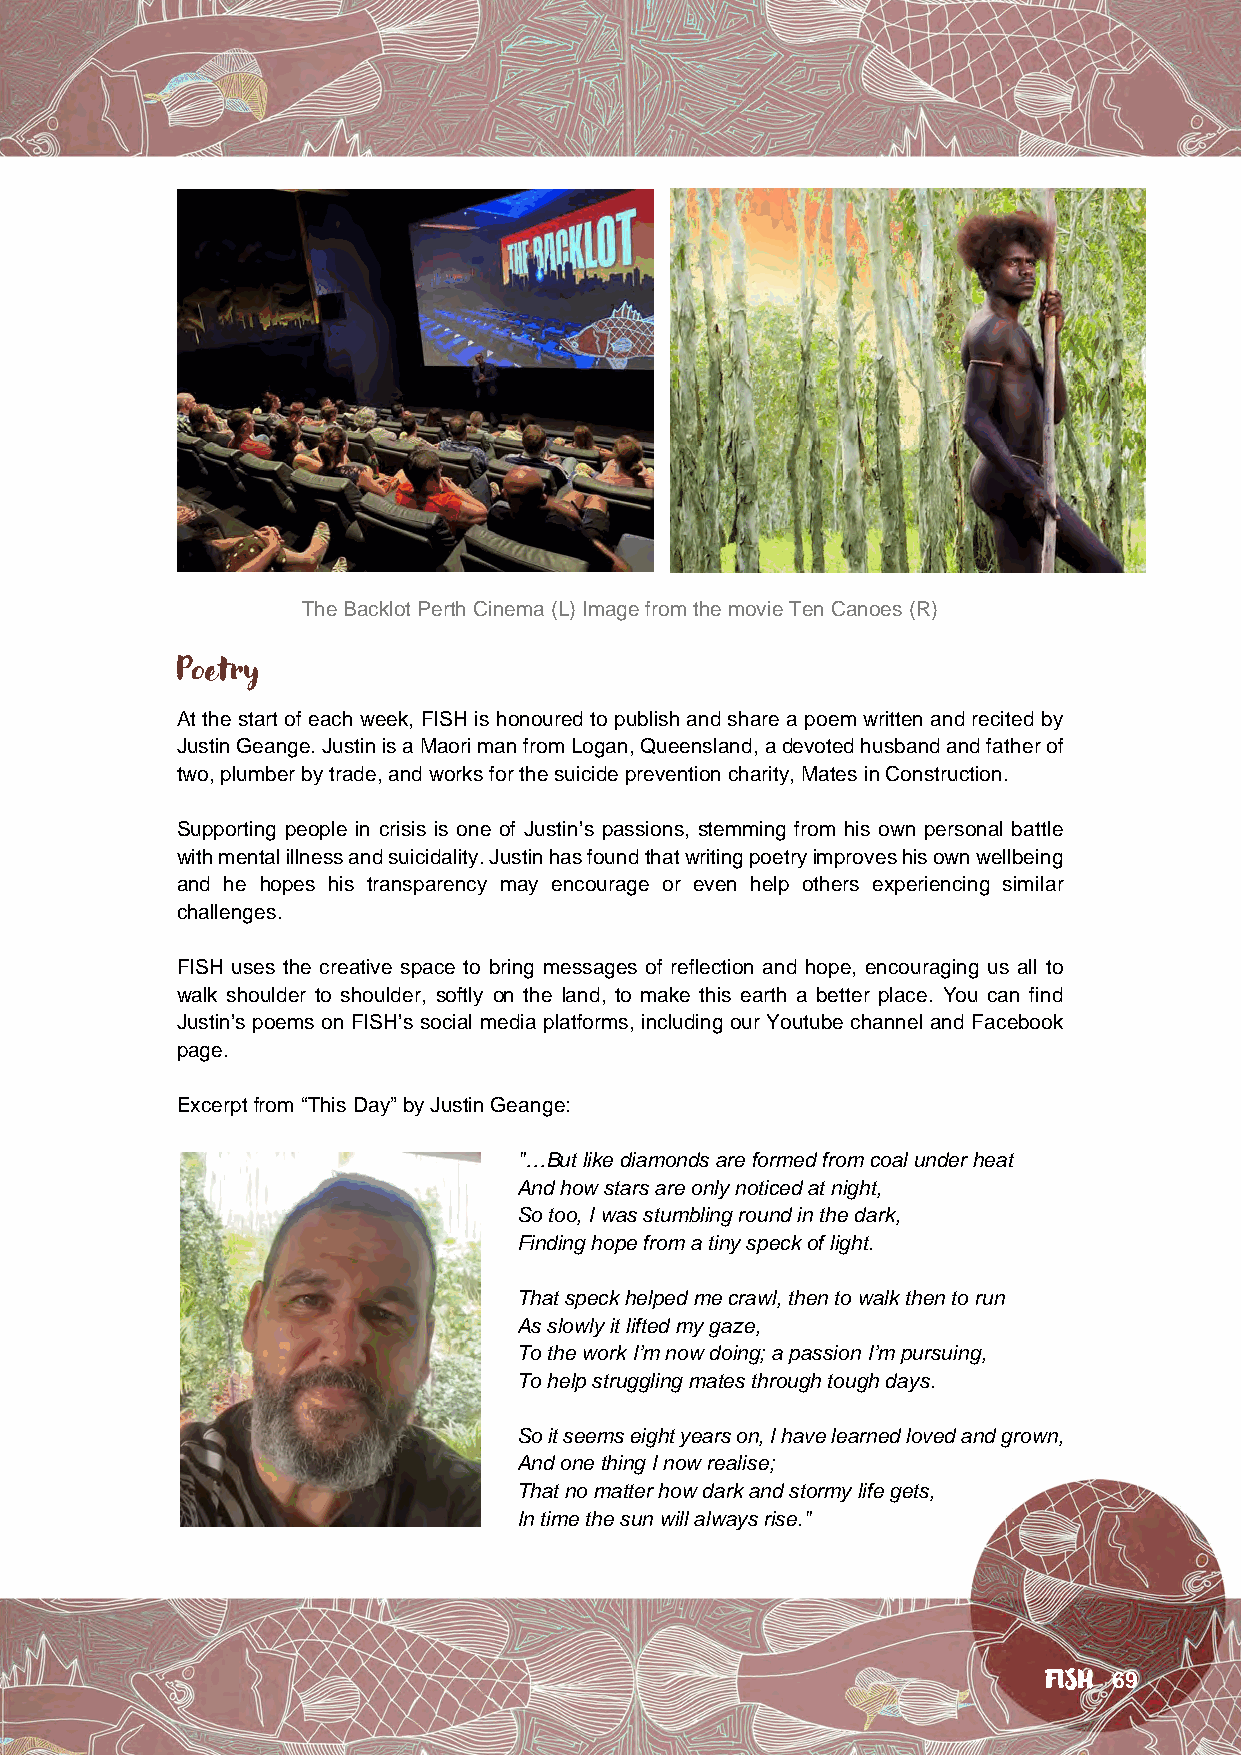
The Backlot Perth Cinema (L) Image from the movie Ten Canoes (R)
 Poetry
 At the start of each week, FISH is honoured to publish and share a poem written and recited by
 Justin Geange. Justin is a Maori man from Logan, Queensland, a devoted husband and father of
 two, plumber by trade, and works for the suicide prevention charity, Mates in Construction.
 Supporting people in crisis is one of Justin’s passions, stemming from his own personal battle
 with mental illness and suicidality. Justin has found that writing poetry improves his own wellbeing
 and he hopes his transparency may encourage or even help others experiencing similar
 challenges.
 FISH uses the creative space to bring messages of reflection and hope, encouraging us all to
 walk shoulder to shoulder, softly on the land, to make this earth a better place. You can find
 Justin’s poems on FISH’s social media platforms, including our Youtube channel and Facebook
 page.
 Excerpt from “This Day” by Justin Geange:
 "…But like diamonds are formed from coal under heat
 And how stars are only noticed at night,
 So too, I was stumbling round in the dark,
 Finding hope from a tiny speck of light.
 That speck helped me crawl, then to walk then to run
 As slowly it lifted my gaze,
 To the work I’m now doing; a passion I’m pursuing,
 To help struggling mates through tough days.
 So it seems eight years on, I have learned loved and grown,
 And one thing I now realise;
 That no matter how dark and stormy life gets,
 In time the sun will always rise."
 FISH 69